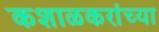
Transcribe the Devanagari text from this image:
कशाळकरांच्या